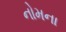
નોમના